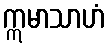
ဣမာသာဟံ